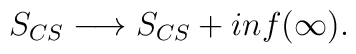
S_{CS} \longrightarrow S_{CS} + i n f(\infty) .